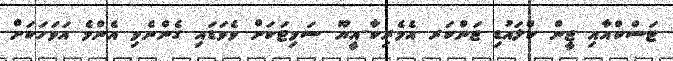
ޓަސްކްއާއި ޖީން ކްލައުޑި ޖަންކަރ އެމެރިކާ-އީޔޫ ސަމިޓަކަށް ވެވަޑައި ގެންނެވި އެންމެ އަވަހަކަށް